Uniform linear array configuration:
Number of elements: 12
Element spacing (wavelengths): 1
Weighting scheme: exponential
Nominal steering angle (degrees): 30
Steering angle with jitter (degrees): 31.086
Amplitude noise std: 0.05
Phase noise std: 0.05

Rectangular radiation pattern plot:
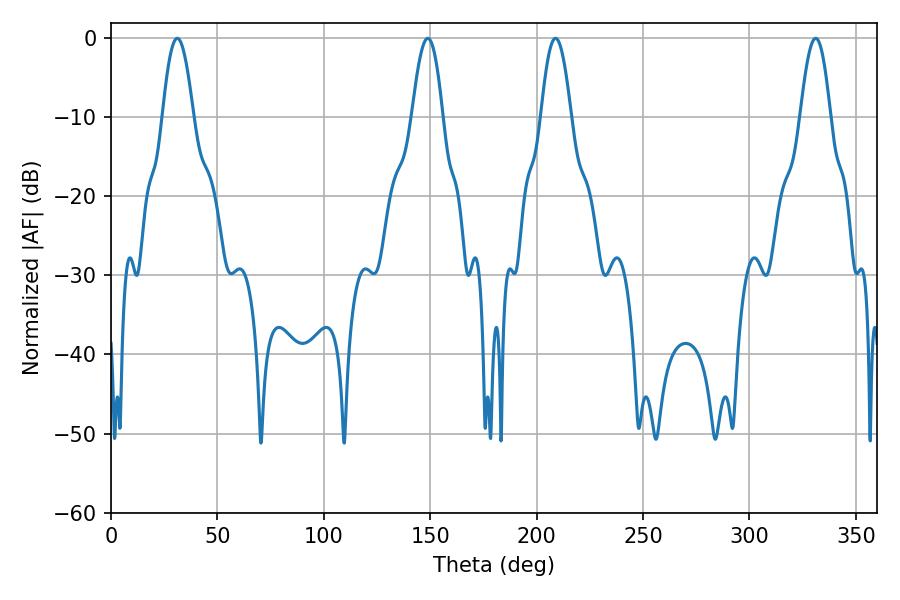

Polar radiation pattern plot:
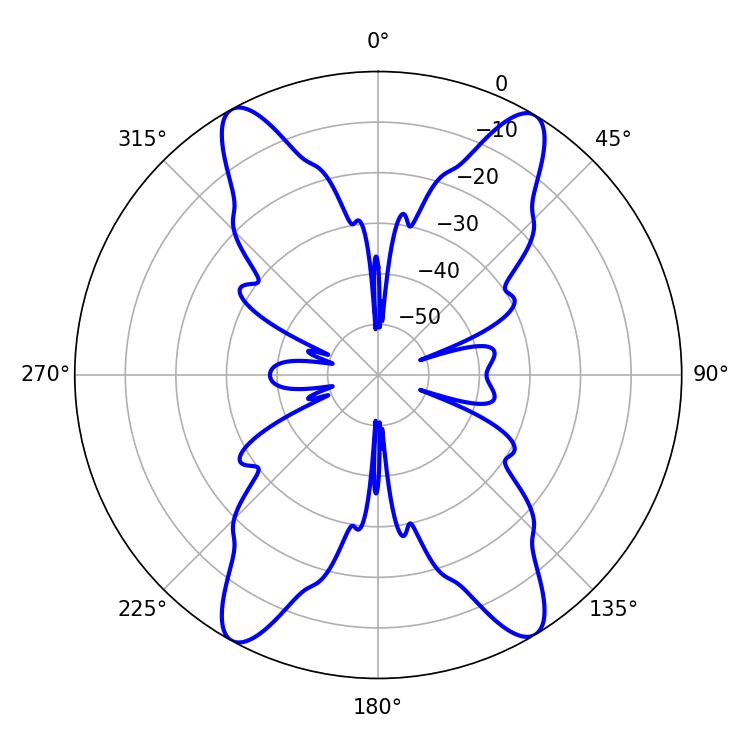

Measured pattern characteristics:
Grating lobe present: TRUE
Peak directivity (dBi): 21.227
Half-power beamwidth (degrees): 7.74
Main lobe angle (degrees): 31.14